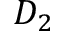
D _ { 2 }